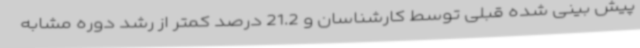
پیش بینی شده قبلی توسط کارشناسان و 21.2 درصد کمتر از رشد دوره مشابه